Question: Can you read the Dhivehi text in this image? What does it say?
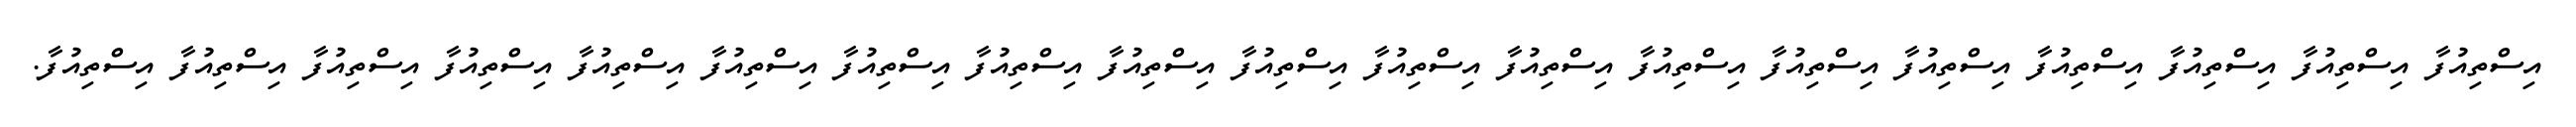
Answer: އިސްތިއުފާ އިސްތިއުފާ އިސްތިއުފާ އިސްތިއުފާ އިސްތިއުފާ އިސްތިއުފާ އިސްތިއުފާ އިސްތިއުފާ އިސްތިއުފާ އިސްތިއުފާ އިސްތިއުފާ އިސްތިއުފާ އިސްތިއުފާ އިސްތިއުފާ އިސްތިއުފާ އިސްތިއުފާ އިސްތިއުފާ އިސްތިއުފާ އިސްތިއުފާ.